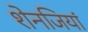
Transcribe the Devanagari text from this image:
शेनजियां